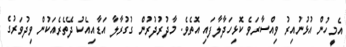
އެމީހުން އުޅުނުއިރު ވިއްސާރަވެ ކޮޅިހަދާލާފައި އޮތެވެ. މާދުރުދުރުން ގުގުރާލާ އަޑާއިއެކު ދޭތެރެއަކުން ވިދުވަރުގެ